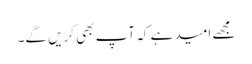
مجھے امید ہے کہ آپ بھی کریں گے۔